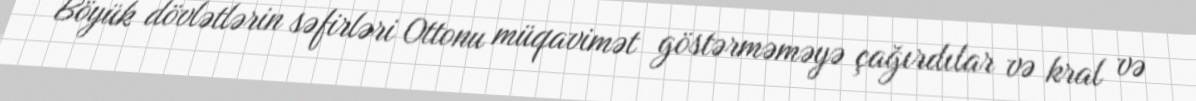
Böyük dövlətlərin səfirləri Ottonu müqavimət göstərməməyə çağırdılar və kral və